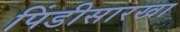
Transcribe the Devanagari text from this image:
पिंडीसारखा